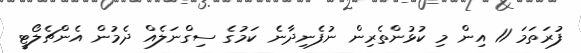
ފުރަތަމަ 11 އިން މި ކުޅުންތެރިން ނުފެނިދާނެ ކަމުގެ ސިގްނަލެއް ދެމުން އެންޗެލޯޓީ